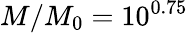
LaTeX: M/M_{0}=10^{0.75}